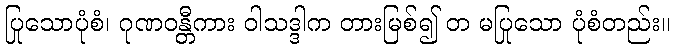
ပြုသောပုံစံ၊ ဂုဏဝန္တီကား ဝါသဒ္ဒါက တားမြစ်၍ တ မပြုသော ပုံစံတည်း။